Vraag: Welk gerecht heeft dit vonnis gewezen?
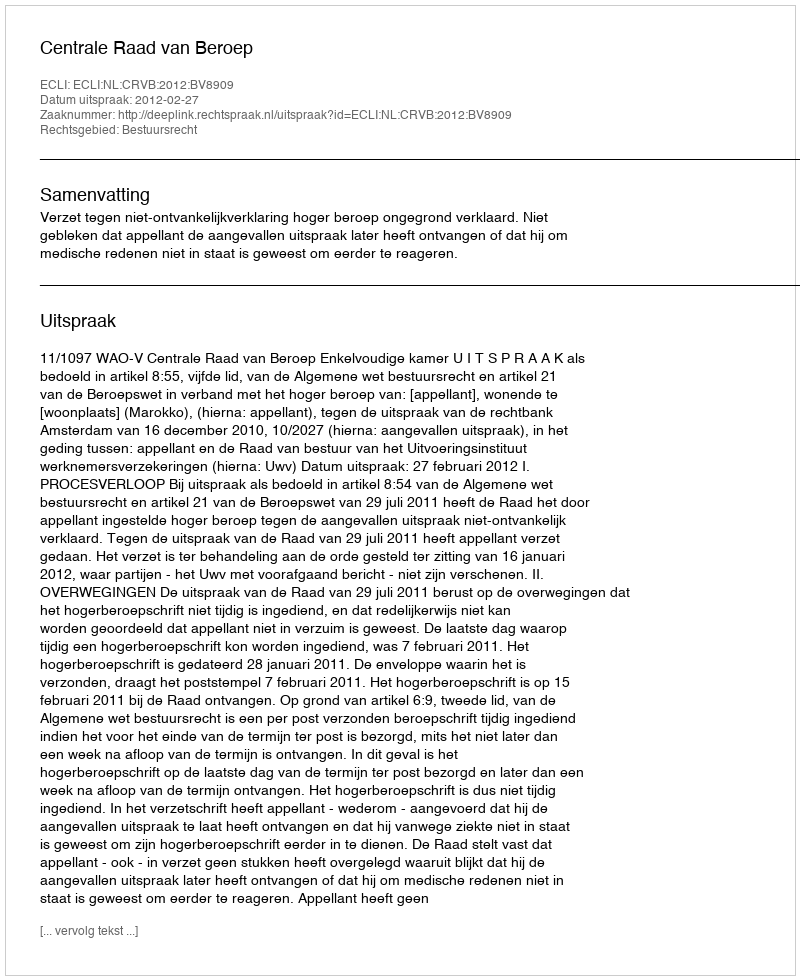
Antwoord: Centrale Raad van Beroep